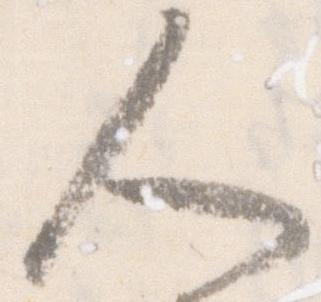
人